Vaccination United Provinces of Agra and Oudh 1923-1928 - 1923-1928
Year: 1923
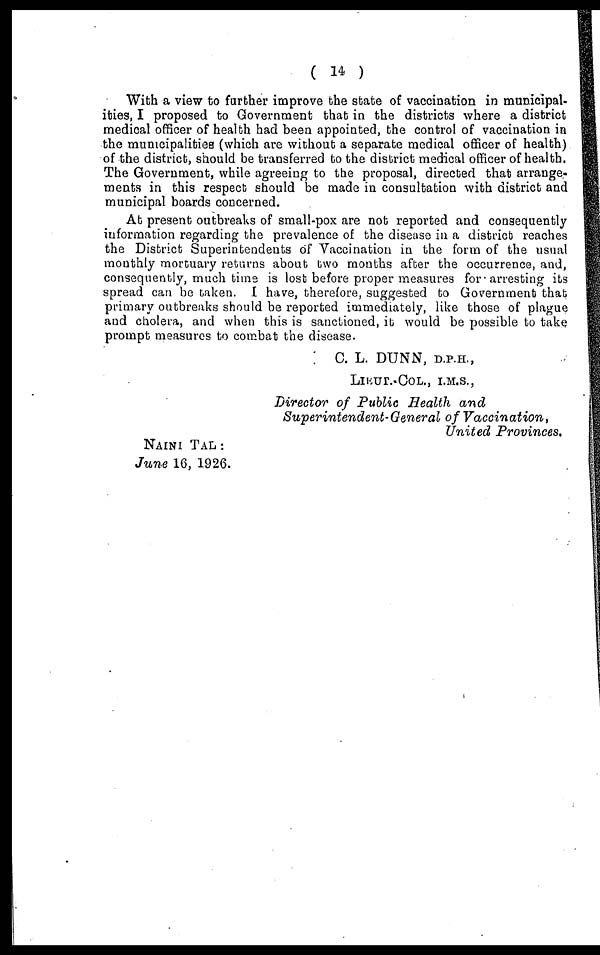
( 14 )
With a view to farther improve the state of vaccination in municipal-
ities, I proposed to Government that in the districts where a district
medical officer of health had been appointed, the control of vaccination in
the municipalities (which are without a separate medical officer of health)
of the district, should be transferred to the district medical officer of health.
The Government, while agreeing to the proposal, directed that arrange-
ments in this respect should be made in consultation with district and
municipal boards concerned.
At present outbreaks of small-pox are not reported and consequently
information regarding the prevalence of the disease in a district reaches
the District Superintendents of Vaccination in the form of the usual
monthly mortuary returns about two months after the occurrence, and,
consequently, much time is lost before proper measures for arresting its
spread can be taken. I have, therefore, suggested to Government that
primary outbreaks should be reported immediately, like those of plague
and cholera, and when this is sanctioned, it would be possible to take
prompt measures to combat the disease.
C. L. DUNN, D.P.H.,
LIEUT.-COL., I.M.S.,
Director of Public Health and
Superintendent-General
of
Vaccination,
United Provinces.
NAINI TAL:
June 16, 1926.